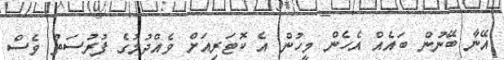
އޭނާ ބޭނުން ބައެއް އެހެން މީހުން އެ ކޮޓަރިއަށް ވެއްދުމުގެ ފުރުސަތު ވެސް